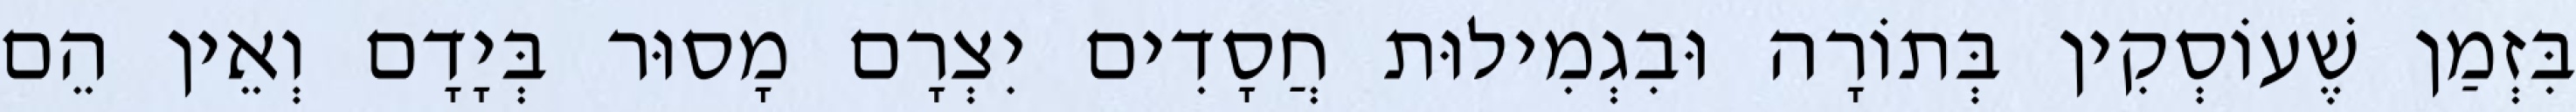
בִּזְמַן שֶׁעוֹסְקִין בְּתוֹרָה וּבִגְמִילוּת חֲסָדִים יִצְרָם מָסוּר בְּיָדָם וְאֵין הֵם